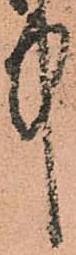
中